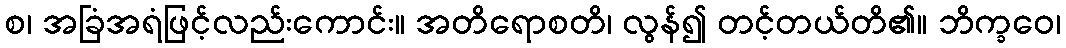
စ၊ အခြံအရံဖြင့်လည်းကောင်း။ အတိရောစတိ၊ လွန်၍ တင့်တယ်တိ၏။ ဘိက္ခဝေ၊